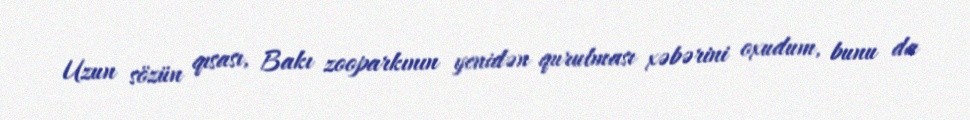
Uzun sözün qısası, Bakı zooparkının yenidən qurulması xəbərini oxudum, bunu da